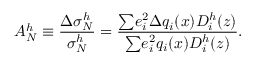
A _ { N } ^ { h } \equiv \frac { { \Delta } { \sigma } _ { N } ^ { h } } { { \sigma } _ { N } ^ { h } } = \frac { { \sum } e _ { i } ^ { 2 } { { \Delta } q _ { i } ( x ) } D _ { i } ^ { h } ( z ) } { { \sum } e _ { i } ^ { 2 } q _ { i } ( x ) D _ { i } ^ { h } ( z ) } .